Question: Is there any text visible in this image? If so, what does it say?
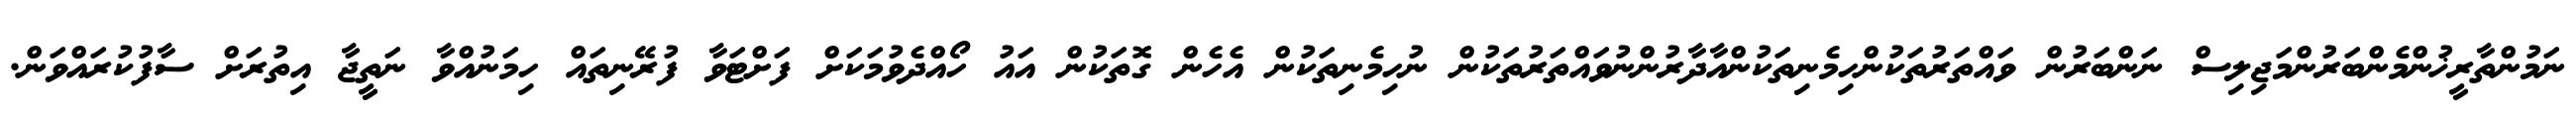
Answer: ނަމުންތާރީޚުންމެންބަރުންމަޖިލިސް ނަންބަރުން ވައްތަރުތަކުންހިމެނިތަކުންއާދާރުންނުވައްތަރުތަކުން ނުހިމެނިތަކުން އެހެން ގޮތަކުން އައު ހޯއްދެވުމަކަށް ފަށްޓަވާ ފުރޭނިތައް ހިމަނުއްވާ ނަތީޖާ އިތުރަށް ސާފުކުރައްވަން.